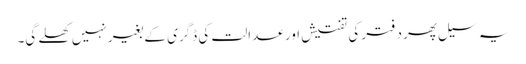
یہ سیل پھر دفتر کی تفتیش اور عدالت کی ڈگری کے بغیر نہیں کھلے گی۔